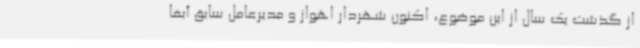
از گذشت یک سال از این موضوع، اکنون شهردار اهواز و مدیرعامل سابق آبفا